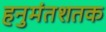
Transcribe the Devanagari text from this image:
हनुमंतशतक